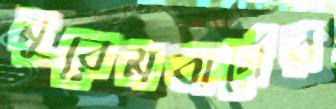
নুরেমবার্গের